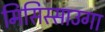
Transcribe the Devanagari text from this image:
मिसिस्साउगा